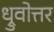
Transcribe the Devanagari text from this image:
ध्रुवोत्तर